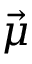
\vec { \mu }